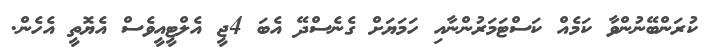
ކުރަންބޭނުންވާ ކަމެއް ކަސްޓަމަރުންނާއި ހަމަޔަށް ގެނެސްދޭ އެބަ 4ޖީ އެލްޓީއީވެސް އެޔޮތީ އެހެން.